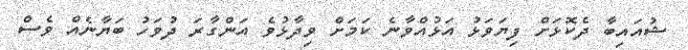
ޝުއައިބާ ދެކޮޅަށް ފިޔަވަޅު އަޅުއްވާނެ ކަމަށް ވިދާޅުވެ އަންގާރަ ދުވަހު ބަޔާނެއް ވެސް